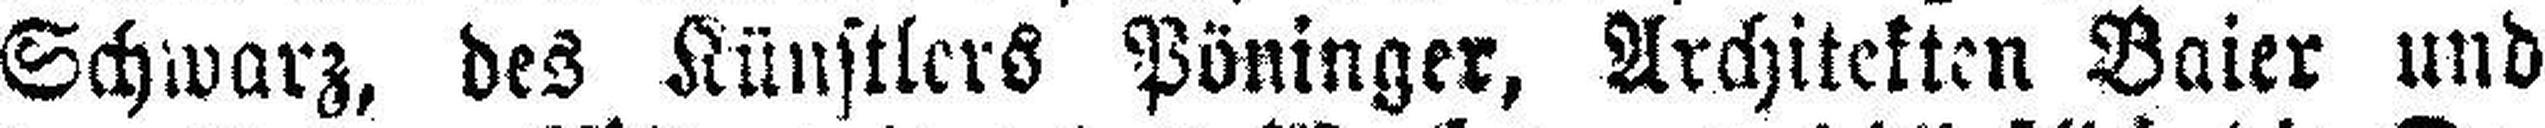
Schwarz, des Künstlers Pöninger, Architekten Baier und